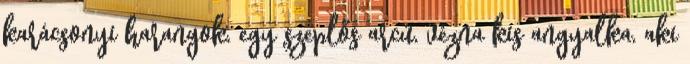
karácsonyi harangok, egy szeplős arcú, vézna kis angyalka, aki